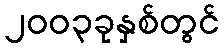
၂၀၀၃ခုနှစ်တွင်